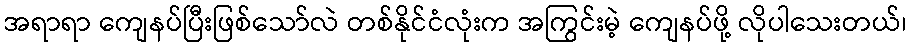
အရာရာ ကျေနပ်ပြီးဖြစ်သော်လဲ တစ်နိုင်ငံလုံးက အကြွင်းမဲ့ ကျေနပ်ဖို့ လိုပါသေးတယ်၊